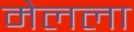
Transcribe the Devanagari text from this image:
मेलला